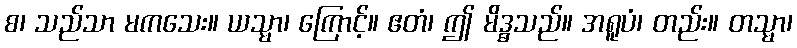
စ၊ သည်သာ မကသေး။ ယသ္မာ၊ ကြောင့်။ ဧတံ၊ ဤ မိဒ္ဓသည်။ အရူပံ၊ တည်း။ တသ္မာ၊